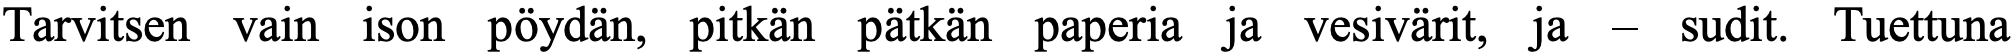
Tarvitsen vain ison pöydän, pitkän pätkän paperia ja vesivärit, ja – sudit. Tuettuna